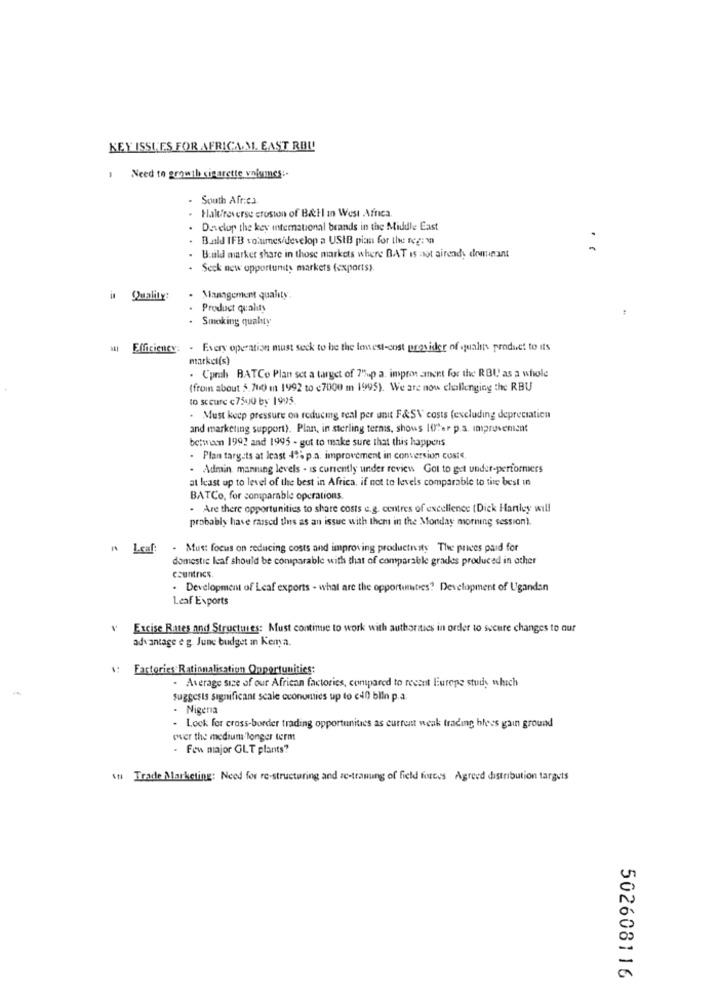
KEY ISSUES FOR AFRICA M. EAST ROL!
1 Need to growil cigarette volumes ..
. South Africa
. Haldireverse erosion of BÆHl in West Africa.
Develop the key international brands in the Middle East
Build IFB volumes/develop a USIB pian for the reg: m
Build market share in those markets where BAT is aot airendy dominant
. Seck new opportunity markets (exports).
u Quality:
Management quality.
Product quality
Smoking quality
Efficiency: . Every operation must seck to be the leest-cost provider of quality product to its
markel(s)
. Cpruh BATCo Plan sct a target of 7%p a. impron ment for the RBU as a whole
(from about 5.700 m 1992 to (7000 m 1995). We are now challenging the RBU
to secure c 7500 by 1995.
. Must keep pressure on reducing real per unit F&S\' costs (excluding depreciation
and marketing support). Plan, in sterling terms, shows 10ter p.a. improvenient
betwam 1992 and 1995 - got to make sure that this happens
. Plan targets at least 4% p.a. improvement in conversion coste.
. Admin manning levels - is currently under review Got to get under-performers
at least up to level of the best in Africa, if not to levels comparable to the best in
BATCo, for comparable operations
. Are there opportunities to share costs e.g. centres of excellence (Dick Hartley will
probably have raised tis as an issue with them in the Monday morning session).
A Leaf:
. Mus: focus on reducing costs and improving productivity The prices paid for
domestic leaf should be coniparable with that of comparable grades produced in other
countries
. Development of Leaf exports - what are the opportunities? Development of Ugandan
Leaf Exports
v Excise Rates and Structures: Must continue to work with authorities in order to secure changes to our
advantage e g. June budget in Kenya.
: Factories Rationalisation Opportunities:
. Average size of our African factories, compared to recent Europe study which
suggests significant scale economics up to e40 blin p.a.
Nigeria
. Lock for cross-border trading opportunities as current weak trading bless gain ground
over the medium longer term
. Few major GLT plants?
sn Trade Marketing: Need for re-structuring and ze-tramung of field forces Agreed distribution targets
502608116